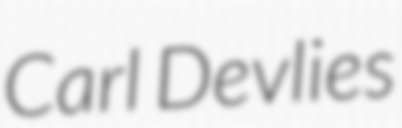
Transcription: Carl Devlies